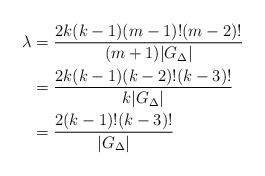
LaTeX: \begin{align*}\lambda&=\frac{2k(k-1)(m-1)!(m-2)!}{(m+1) |G_\Delta|}\\&=\frac{2k(k-1)(k-2)!(k-3)!}{k |G_\Delta|}\\&=\frac{2(k-1)!(k-3)!}{ |G_\Delta|}\end{align*}